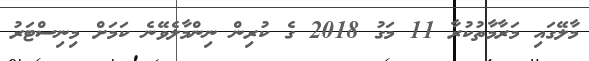
މާލޭގައި މަރާމާތުކުރާ 11 މަގު 2018 ގެ ކުރިން ނިންމާލެވޭނެ ކަމަށް މިނިސްޓަރު